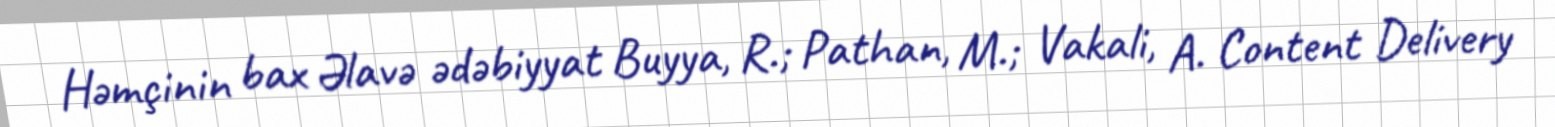
Həmçinin bax Əlavə ədəbiyyat Buyya, R.; Pathan, M.; Vakali, A. Content Delivery